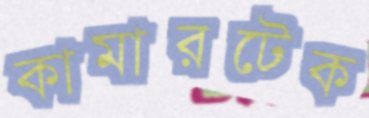
কামারটেক